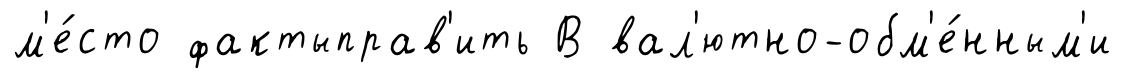
м'е́сто фактыправ'ить В вал'ютно-обм'е́нным'и